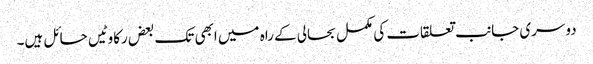
دوسری جانب تعلقات کی مکمل بحالی کے راہ میں ابھی تک بعض رکاوٹیں حائل ہیں۔